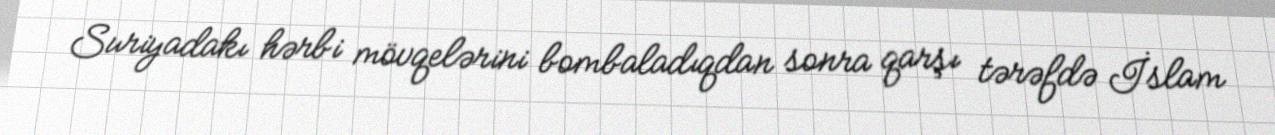
Suriyadakı hərbi mövqelərini bombaladıqdan sonra qarşı tərəfdə İslam